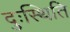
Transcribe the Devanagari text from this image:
दुःस्थिति